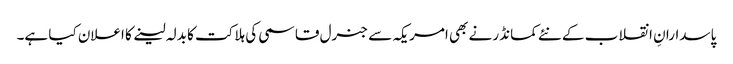
پاسدارانِ انقلاب کے نئے کمانڈر نے بھی امریکہ سے جنرل قاسمی کی ہلاکت کا بدلہ لینے کا اعلان کیا ہے۔